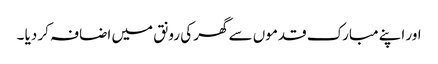
اور اپنے مبارک قدموں سے گھر کی رونق میں اضافہ کر دیا ۔